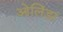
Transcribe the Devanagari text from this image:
ओलिंडा